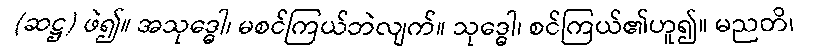
(ဆဋ္ဌ) ဖဲ၍။ အသုဒ္ဓေါ၊ မစင်ကြယ်ဘဲလျက်။ သုဒ္ဓေါ၊ စင်ကြယ်၏ဟူ၍။ မညတိ၊